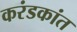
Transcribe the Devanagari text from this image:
करंडकांत